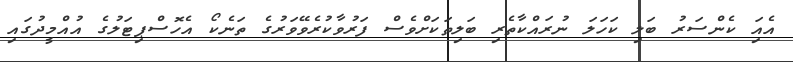
އެއަި ކެންސަރު ބަލި ކަހަލަ ނުރައްކާތެރި ބަލިތަކަށްވެސް ފަރުވާކުރެވޭވަރުގެ ތަނެކޯ އެހޮސްޕިޓަލުގެ އުއްމީދުގައި